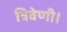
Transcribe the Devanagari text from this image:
त्रिवेणी।